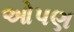
ઓપણ